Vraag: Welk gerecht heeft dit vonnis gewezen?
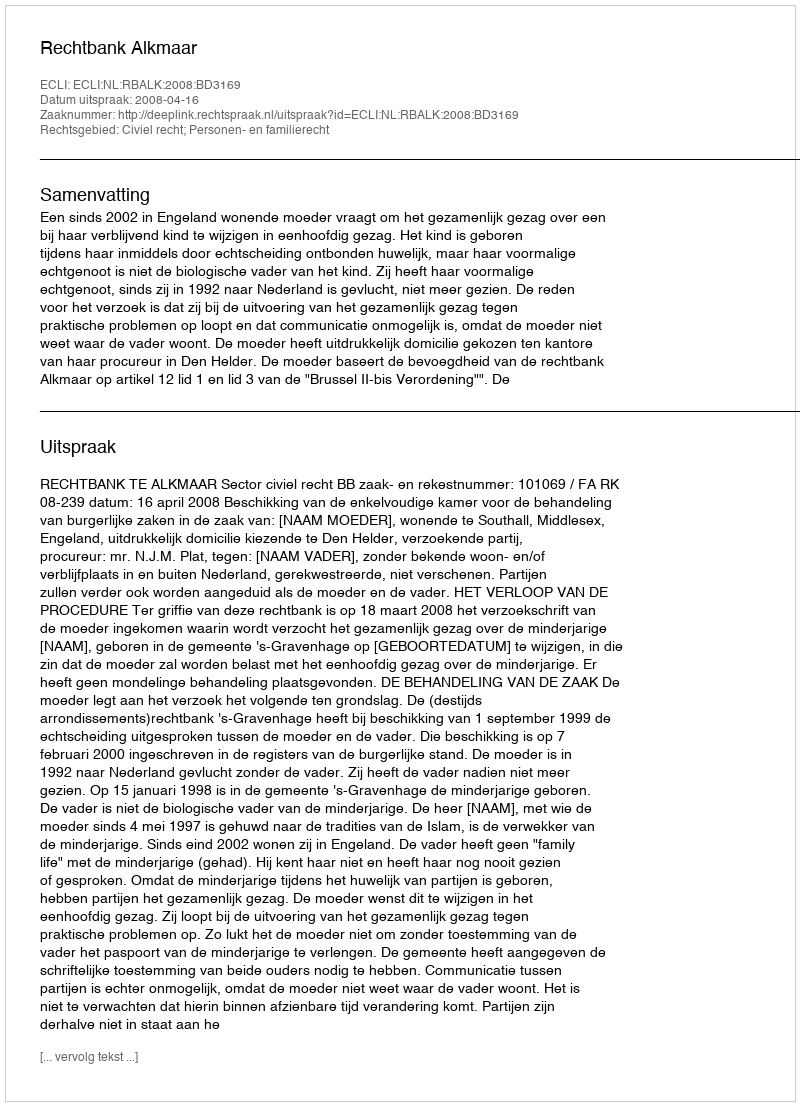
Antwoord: Rechtbank Alkmaar